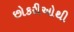
છોકરીઓથી